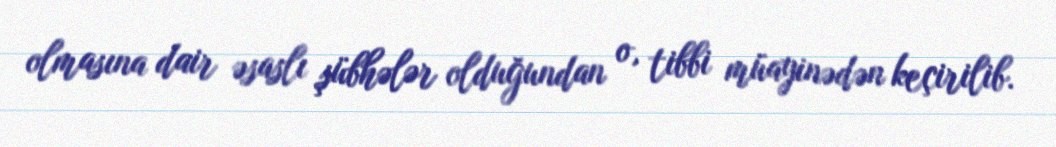
olmasına dair əsaslı şübhələr olduğundan o, tibbi müayinədən keçirilib.